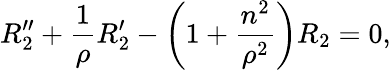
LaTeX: R_{2}^{\prime\prime}+\frac{1}{\rho}R_{2}^{\prime}-\left(1+\frac{n^{2}}{\rho^{2}}\right)R_{2}=0,